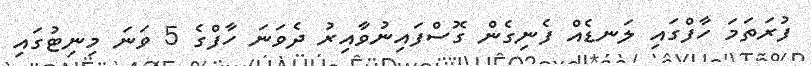
ފުރަތަމަ ހާފްގައި ލަނޑެއް ފެނިގެން ގޮސްފައިނުވާއިރު ދެވަނަ ހާފްގެ 5 ވަނަ މިނިޓުގައި